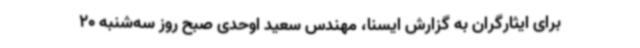
برای ایثارگران به گزارش ایسنا، مهندس سعید اوحدی صبح روز سه‌شنبه 20